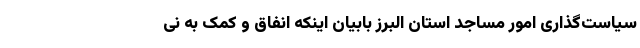
سیاست‌گذاری امور مساجد استان البرز بابیان اینکه انفاق و کمک به نی